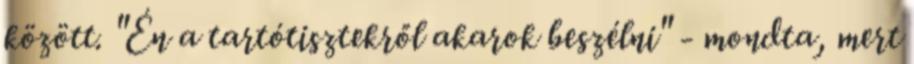
között. "Én a tartótisztekről akarok beszélni" - mondta, mert